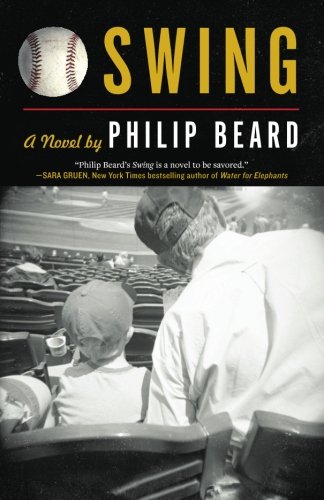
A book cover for Swing; Philip Beard; Literature & Fiction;